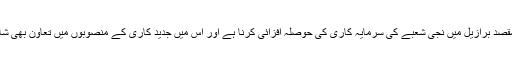
اس کا مقصد برازیل میں نجی شعبے کی سرمایہ کاری کی حوصلہ افزائی کرنا ہے اور اس میں جدید کاری کے منصوبوں میں تعاون بھی شامل ہے۔